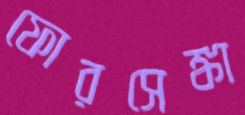
ফোরসেঙ্কা